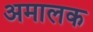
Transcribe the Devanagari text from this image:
अमालक